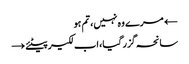
← مرے وہ نہیں، تم ہو
سانحہ گزر گیا، اب لکیر پیٹئے →